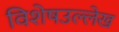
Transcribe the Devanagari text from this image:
विशेषउल्लेख